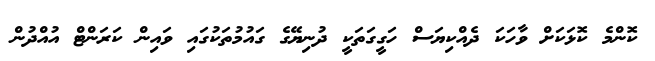
ކޮންމެ ކޮޅަކަށް ވާހަކަ ދެއްކިޔަސް ހަގީގަތަކީ ދުނިޔޭގެ ގައުމުތަކުގައި ވައިން ކަރަންޓް އުއްދުން